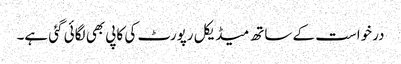
درخواست کے ساتھ میڈیکل رپورٹ کی کاپی بھی لگائی گئی ہے۔